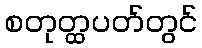
စတုတ္ထပတ်တွင်